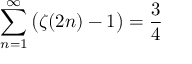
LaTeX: \sum _ { n = 1 } ^ { \infty } { \bigl ( } \zeta ( 2 n ) - 1 { \bigr ) } = { \frac { 3 } { 4 } }